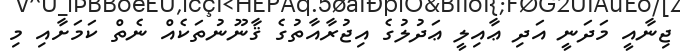
ޖިނާއީ މަދަނީ އަދި ޢާއިލީ ޢަދުލުގެ އިޖުރާއާތުގެ ޤާނޫނުތަކެއް ނެތް ކަމަށާއި މި